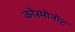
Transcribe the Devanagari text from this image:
कोस्मोनॉट